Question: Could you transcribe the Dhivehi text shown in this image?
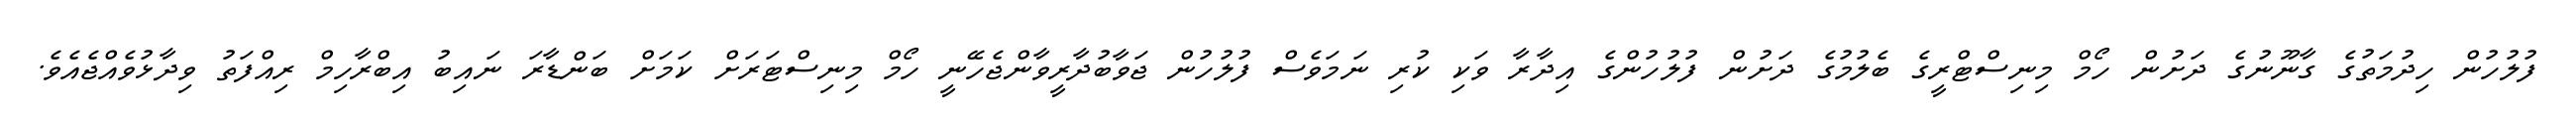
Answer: ފުލުހުން ހިދުމަތުގެ ގާނޫނުގެ ދަށުން ހޯމް މިނިސްޓްރީގެ ބެލުމުގެ ދަށުން ފުލުހުންގެ އިދާރާ ވަކި ކުރި ނަމަވެސް ފުލުހުން ޖަވާބުދާރީވާންޖެހޭނީ ހޯމް މިނިސްޓަރަށް ކަމަށް ބަންޑާރަ ނައިބު އިބްރާހިމް ރިއްފަތު ވިދާޅުވެއްޖެއެވެ.